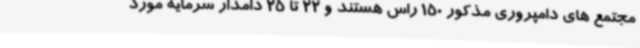
مجتمع های دامپروری مذکور 150 راس هستند و 22 تا 25 دامدار سرمایه مورد